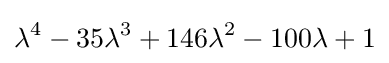
\lambda ^{4}-35\lambda ^{3}+146\lambda ^{2}-100\lambda +1